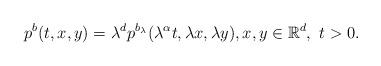
LaTeX: \begin{align*}p^{b}(t,x,y)=\lambda^{d}p^{b_{\lambda}}(\lambda^{\alpha}t,\lambda x,\lambda y),x,y\in \mathbb{R}^{d},\ t>0.\end{align*}